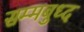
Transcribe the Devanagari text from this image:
सम्मबुध्द